Report of the Hyderabad Chloroform Commission
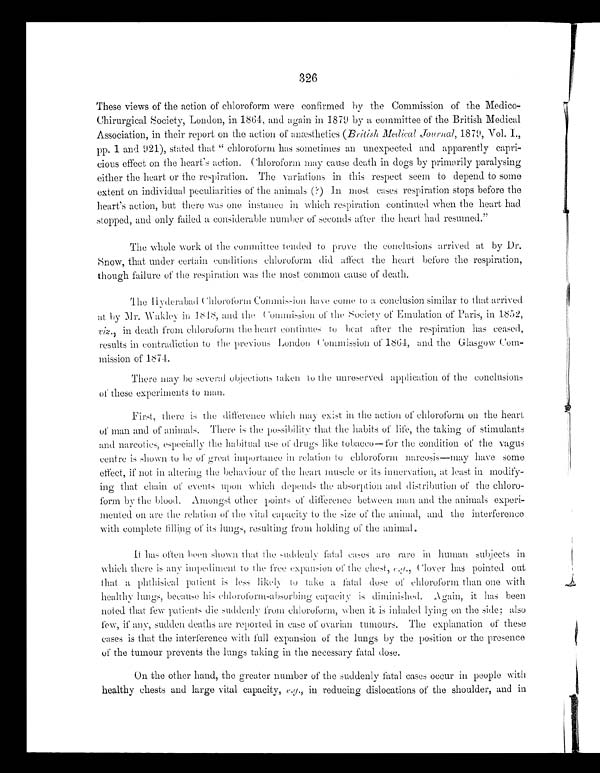
326
These views of the action of chloroform were confirmed by the Commission of the Medico--
Chirurgical Society, London, in 1864, and again in 1879 by a committee of the British Medical
Association, in their report on the action of anæsthetics (British Medical Journal, 1879, Vol. I.,
pp. 1 and 921), stated that "chloroform has sometimes an unexpected and apparently capri--
cious effect on the heart's action. Chloroform may cause death in dogs by primarily paralysing
either the heart or the respiration. The variations in this respect seem to depend to some
extent on individual peculiarities of the animals (?) In most cases respiration stops before the
heart's action, but there was one instance in which respiration continued when the heart had
stopped, and only failed a considerable number of seconds after the heart had resumed."
The whole work of the committee tended to prove the conclusions arrived at by Dr.
Snow, that under certain conditions chloroform did affect the heart before the respiration,
though failure of the respiration was the most common cause of death.
The Hyderabad Chloroform Commission have come to a conclusion similar to that arrived
a t by Mr . Wa kl e y i n 1818, a nd t he Co mmi s s i o no f t h e S o c i e t y o f E m u l a t i o n o f P a r i s , i n 1 8 5 2 ,
viz., in death from chloroform the heart continues to beat after the respiration has ceased,
results in contradiction to the previous London Commission of 1864, and the Glasgow Com--
mission of 1874.
There may he several objections taken to the unreserved application of the conclusions
of these experiments to man.
First, there is the difference which may exist in the action of chloroform on the heart
of man and of animals. There is the possibility that the habits of life, the taking of stimulants
and narcotics, especially the habitual use of drugs like tobacco—for the condition of the vagus
centre is shown to be of great importance in relation to chloroform narcosis—may have some
effect, if not altering the behaviour of the heart muscle or its innervation, at least in modify--
ing that chain of events upon which depends the absorption and distribution of the chloro--
form by the blood. Amongst other points of difference between man and the animals experi-
-mented on are the relation of the vital capacity to the size of the animal, and the interference
wi t h c o mp l e t e f i l l i n g o f i t s l u n g s , r e s u l t i n g f r o m h o l d i n g o f t h e a n i ma l
It has often been shown that the suddenly fatal cases are rare in human subjects
which there is any impediment to the free expansion of the chest, e.g., Clover has pointed out
that a phthisical patient is less likely to take a fatal dose of chloroform than one With
healthy lungs, because his chloroform-absorbing capacity is diminished. Again, it has been
noted that few patients die suddenly from chloroform, when it is inhaled lying on the side; also
few, if any, sudden deaths are reported in case of ovarian tumours. The explanation of these
cases is that the interference with full expansion of the lungs by the position or the presence
of the tumour prevents the lungs taking in the necessary fatal dose.
On the other hand, the greater number of the suddenly fatal cases occur in people with
healthy chests and large vital capacity, e.g., in reducing dislocations of the shoulder, and in